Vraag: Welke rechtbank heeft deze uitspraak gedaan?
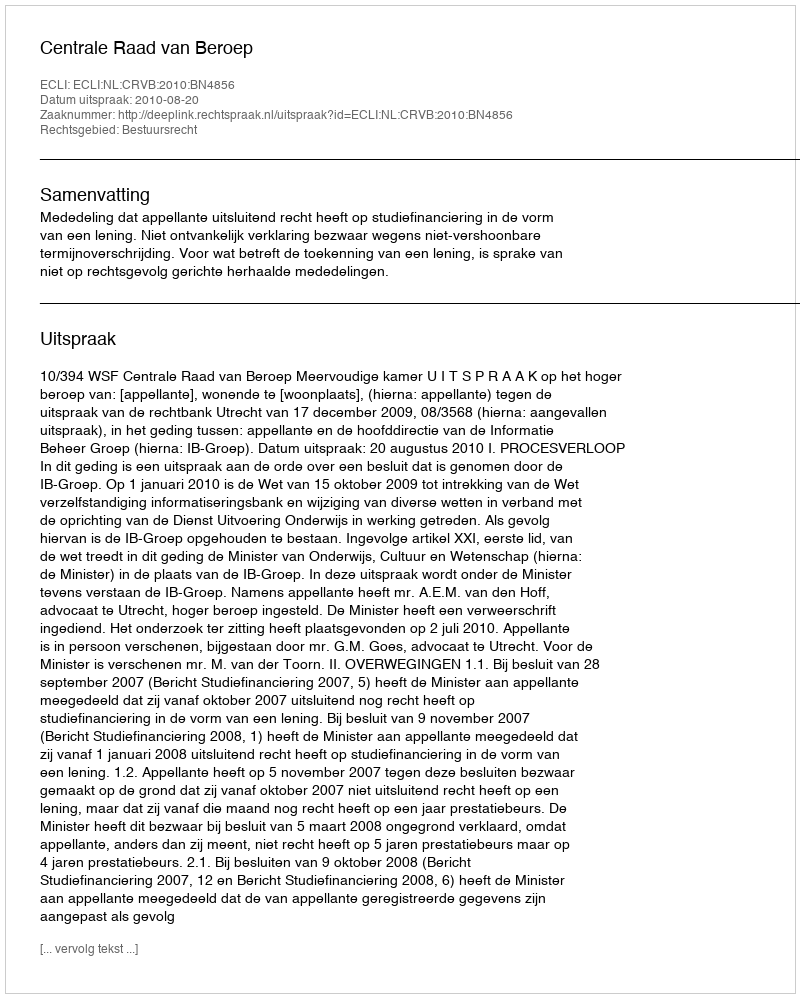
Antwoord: Centrale Raad van Beroep